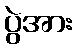
ပွဲအား